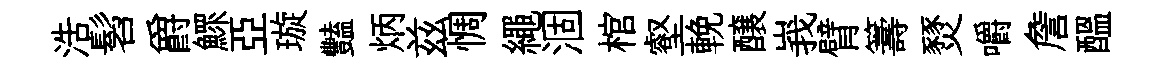
浩髫爵鰥亞璇豔炳兹惆繩涸棺壑輓醸峩臂籌燹嚼詹醖